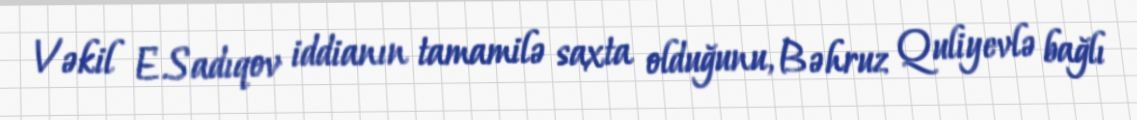
Vəkil E.Sadıqov iddianın tamamilə saxta olduğunu, Bəhruz Quliyevlə bağlı